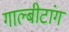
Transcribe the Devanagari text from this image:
गाल्बीटांग